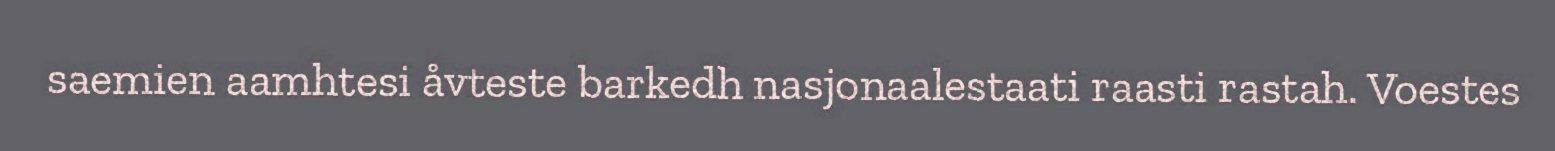
saemien aamhtesi åvteste barkedh nasjonaalestaati raasti rastah. Voestes